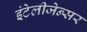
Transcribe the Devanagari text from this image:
इंटेलीजेन्सर